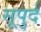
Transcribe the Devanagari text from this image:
सूपुर्द